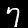
Digit: 7